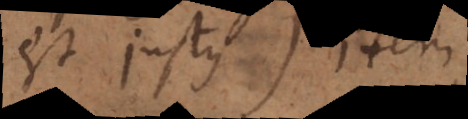
est justus. Item